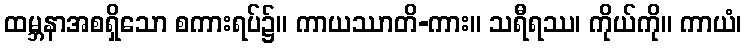
ထမ္ဘနာအစရှိသော စကားရပ်၌။ ကာယဿာတိ-ကား။ သရီရဿ၊ ကိုယ်ကို။ ကာယံ၊